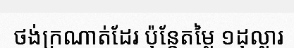
ថង់ក្រណាត់ដែរ ប៉ុន្តែតម្លៃ ១ដុល្លារ